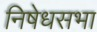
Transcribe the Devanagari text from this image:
निषेधसभा